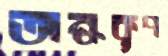
অন্ধকূপ